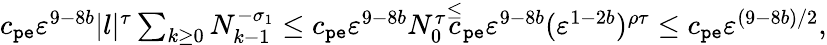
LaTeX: \begin{array}{r}{c_{\mathtt{pe}}\varepsilon^{9-8b}|l|^{\tau}\sum_{k\ge 0}N_{k-1}^{-\sigma_{1}}\le c_{\mathtt{pe}}\varepsilon^{9-8b}N_{0}^{\tau}\overset\le c_{\mathtt{pe}}\varepsilon^{9-8b}(\varepsilon^{1-2b})^{\rho\tau}\le c_{\mathtt{pe}}\varepsilon^{(9-8b)/2},}\end{array}